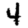
Digit: 4